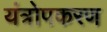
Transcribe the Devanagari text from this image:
यंत्रोपकरण